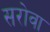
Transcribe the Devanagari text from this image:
सरोवा